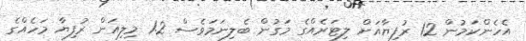
އެހެންކަމުން 12 ރުފިޔާއަށް ލިޓަރެއްގެ މަގުން ބެލިނަމަވެސް 1.2 މިލިއަން ރުފިޔާ މަހެއްގެ